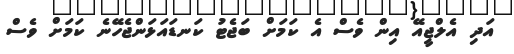
އަދި އެލްޖީއޭ އިން ވެސް އެ ކަމަށް ބަޖެޓު ކަނޑައަޅަންޖެހޭނެ ކަމަށް ވެސް